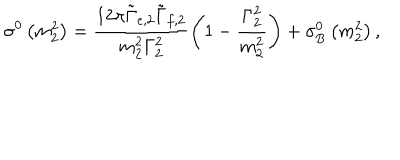
\sigma ^ { 0 } \left( m _ { 2 } ^ { 2 } \right) = \frac { 1 2 \pi \tilde { \Gamma } _ { e , 2 } \tilde { \Gamma } _ { f , 2 } } { m _ { 2 } ^ { 2 } \Gamma _ { 2 } ^ { 2 } } \left( 1 - \frac { \Gamma _ { 2 } ^ { 2 } } { m _ { 2 } ^ { 2 } } \right) + \sigma _ { \mathrm { B } } ^ { 0 } \left( m _ { 2 } ^ { 2 } \right) ,